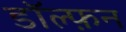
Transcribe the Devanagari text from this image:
डॉल्फ़न